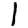
Digit: 1